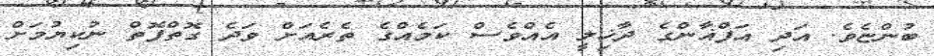
ބުންޏެވެ. އަދި އަފްޣާންގެ ދާޚިލީ އެއްވެސް ކަމެއްގެ ތެރެއަށް ވަދެ ގޮތްފޮތް ނުކިޔުމަށް